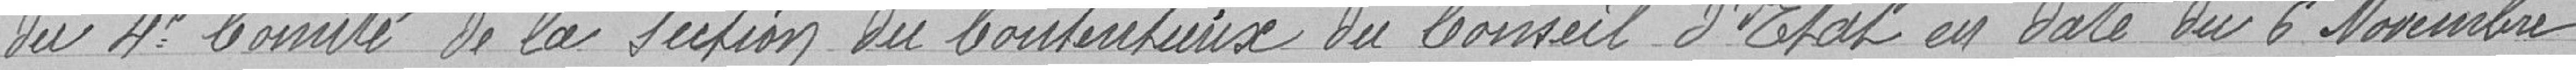
du quatrième comité de la section du contentieux du Conseil d'Etat en date du 6 novembre